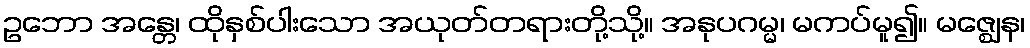
ဥဘော အန္တေ၊ ထိုနှစ်ပါးသော အယုတ်တရားတို့သို့။ အနုပဂမ္မ၊ မကပ်မူ၍။ မဇ္ဈေန၊